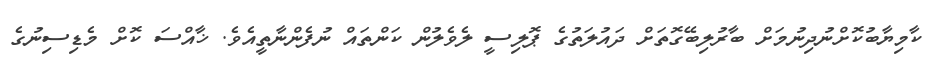
ކާމިޔާބުކޮށްނުދިނުމަށް ބާރުލިބޭގޮތަށް ދައުލަތުގެ ޕޮލިސީ ލެވެލުން ކަންތައް ނުފެންނާތީއެވެ. ޚާއްސަ ކޮށް މެޑިސިނުގެ